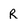
Character: R